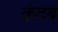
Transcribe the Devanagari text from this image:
कंदब